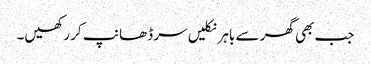
جب بھی گھر سے باہر نکلیں سر ڈھانپ کر رکھیں۔